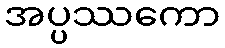
အပ္ပဿကော